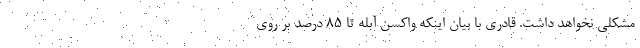
مشکلی نخواهد داشت. قادری با بیان اینکه واکسن آبله تا ۸۵ درصد بر روی